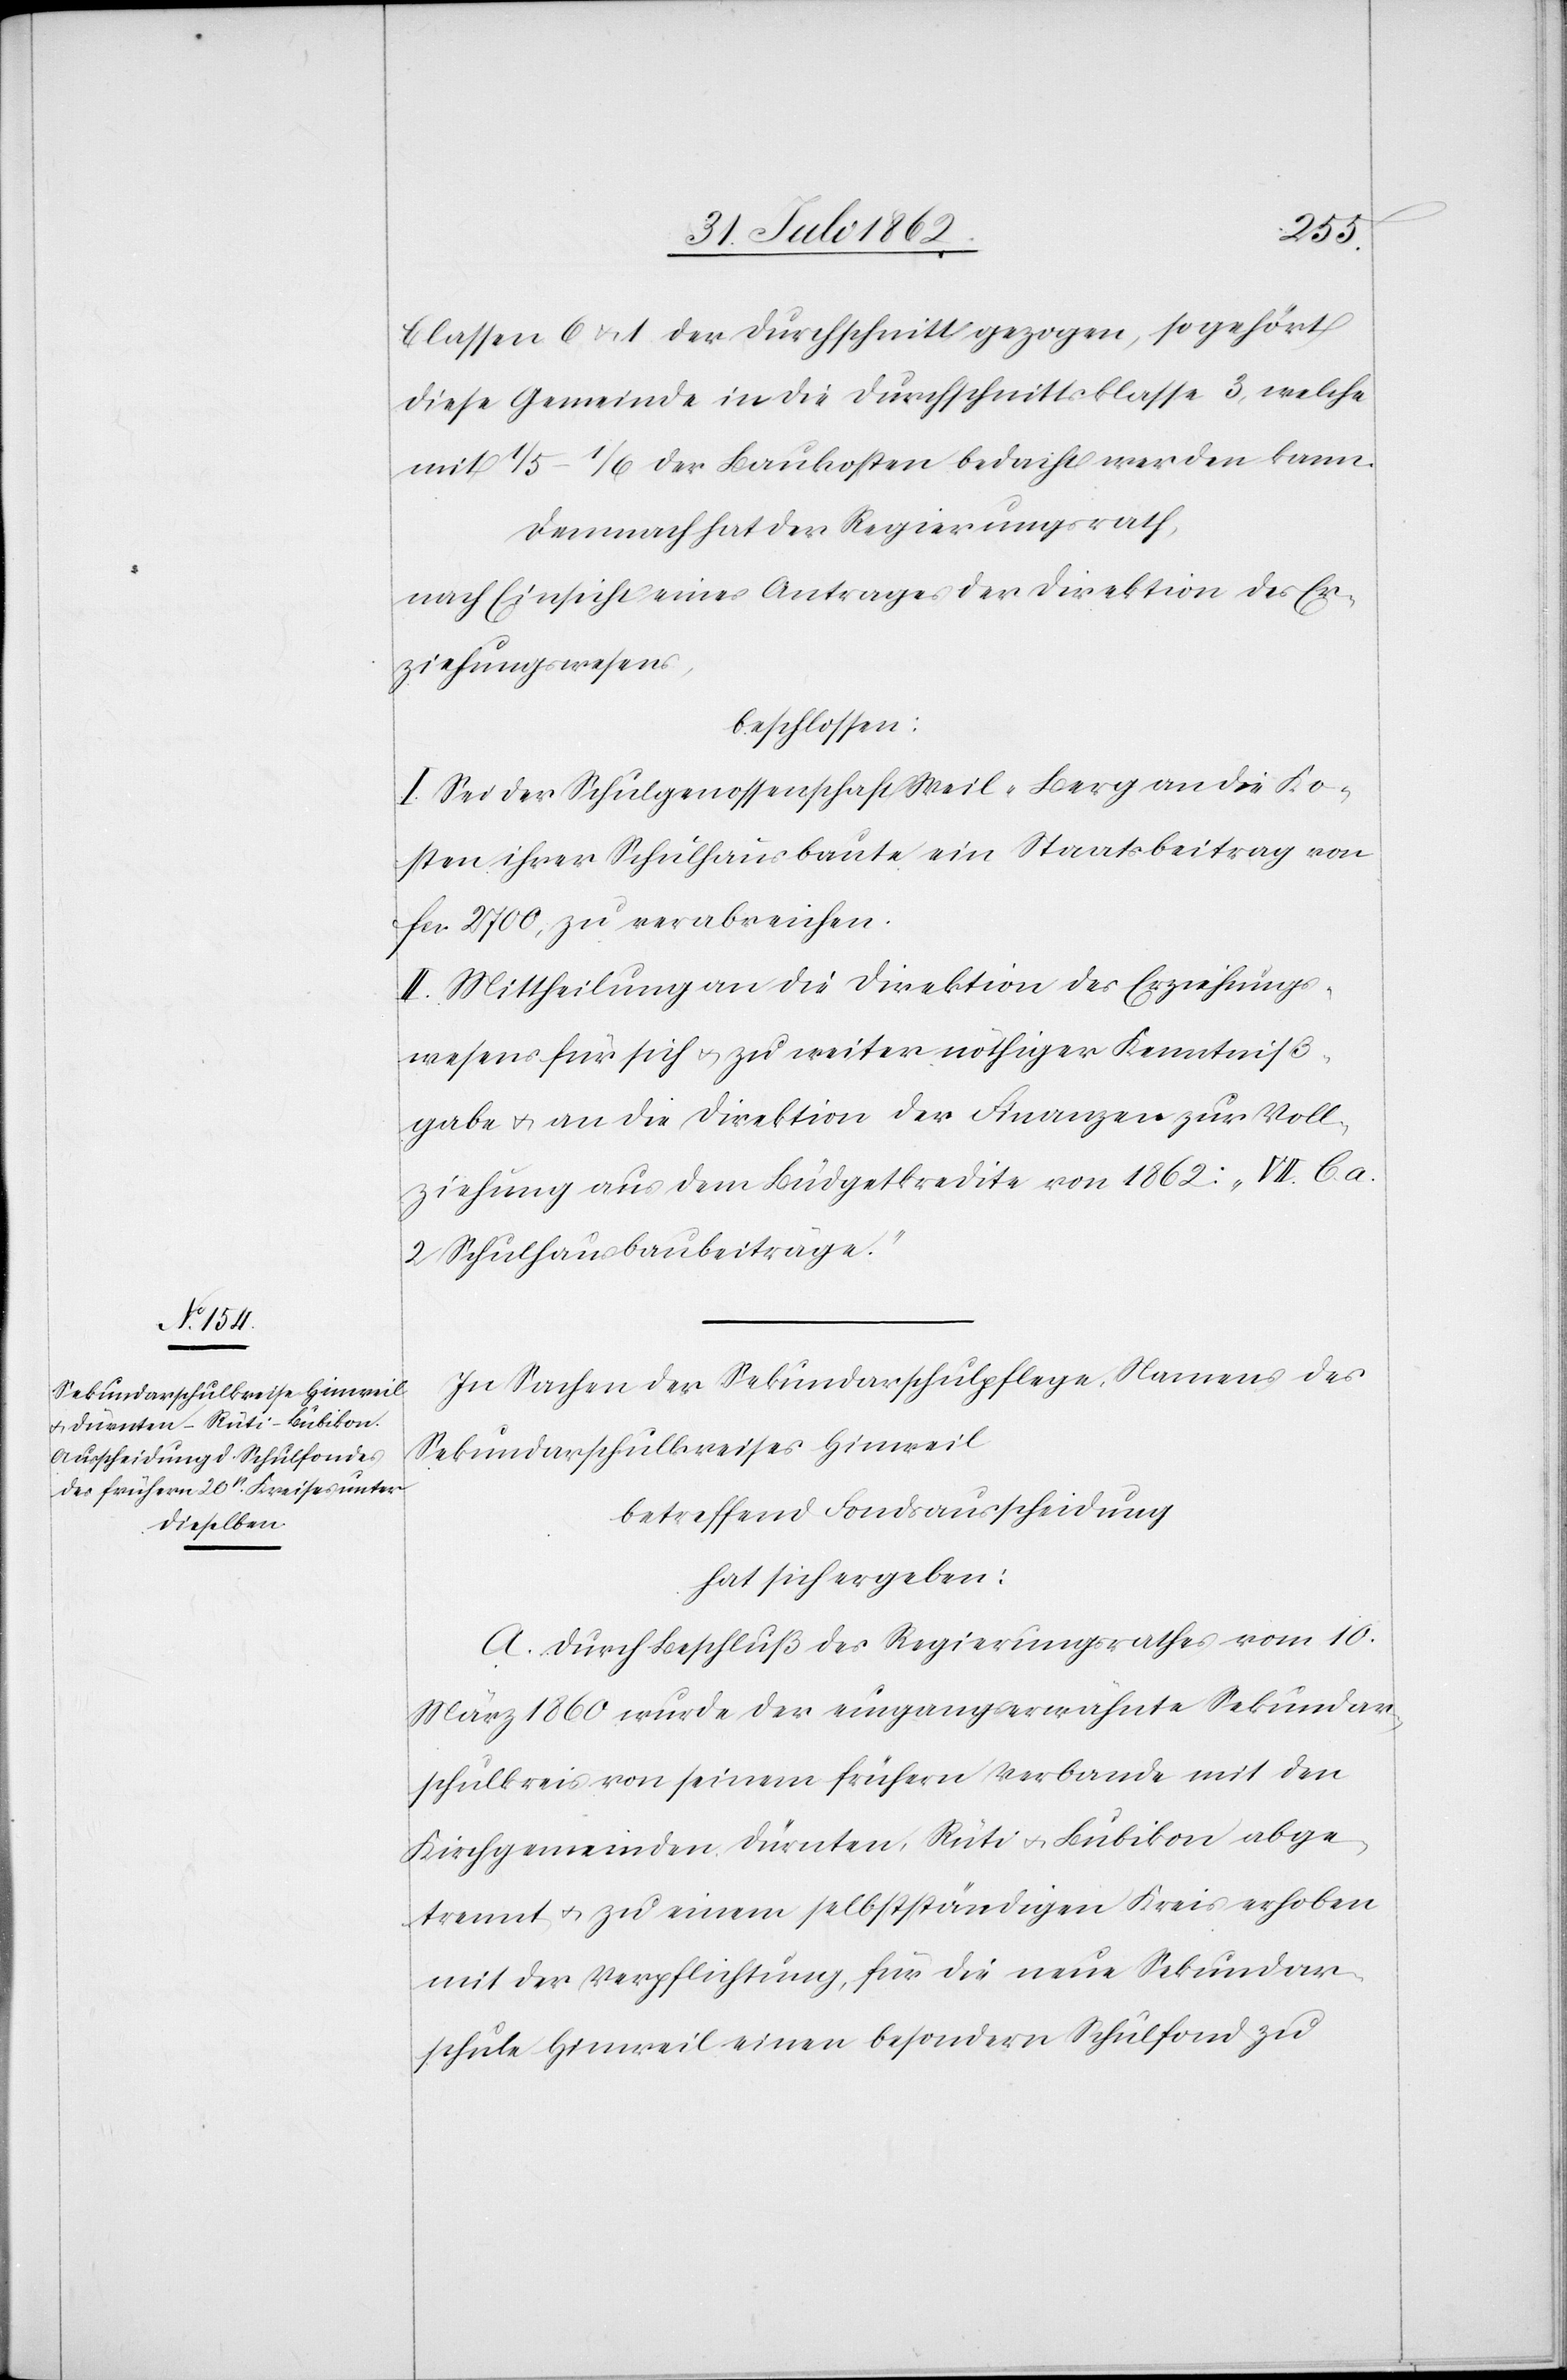
Classen 6 u. 1 der Durchschnitt gezogen, so gehört
diese Gemeinde in die Durchschnittsklasse 3, welche
mit 1/5–1/6 der Baukosten bedacht werden kann.
Demnach hat der Regierungsrath,
nach Einsicht eines Antrages der Direktion des Er¬
ziehungswesens,
beschlossen:
I. Sei der Schulgenossenschaft Weil-Berg an die Ko¬
sten ihrer Schulhausbaute ein Staatsbeitrag von
fcs. 2700 zu verabreichen.
II. Mittheilung an die Direktion des Erziehungs¬
wesens für sich u. zu weiter nöthiger Kenntniß¬
gabe u. an die Direktion der Finanzen zur Voll¬
ziehung aus dem Büdgetkredite von 1862; „VII. C. a.
2 Schulhausbaubeiträge.“
In Sachen der Sekundarschulpflege, Namens des
Sekundarschulkreises Hinweil
betreffend Fondausscheidung
hat sich ergeben:
A. Durch Beschluß des Regierungsrathes vom 10.
März 1860 wurde der eingangserwähnte Sekundar¬
schulkreis von seinem frühern Verbande mit den
Kirchgemeinden Dürnten, Rüti u. Bubikon abge¬
trennt u zu einem selbstständigen Kreis erhoben
mit der Verpflichtung, für die neue Sekundar¬
schule Hinweil einen besondern Schuldfond zu